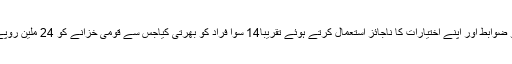
ملزمان پر قواعد و ضوابط اور اپنے اختیارات کا ناجائز استعمال کرتے ہوئے تقریبا14 سوا فراد کو بھرتی کیاجس سے قومی خزانے کو 24 ملین روپے کا نقصان پہنچا۔